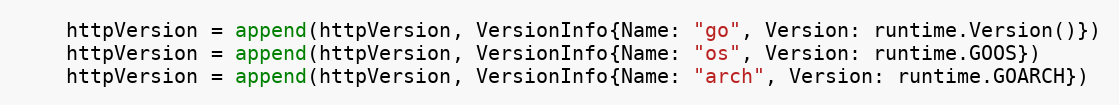
Language: Go
	httpVersion = append(httpVersion, VersionInfo{Name: "go", Version: runtime.Version()})
	httpVersion = append(httpVersion, VersionInfo{Name: "os", Version: runtime.GOOS})
	httpVersion = append(httpVersion, VersionInfo{Name: "arch", Version: runtime.GOARCH})